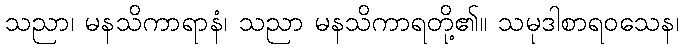
သညာ၊ မနသိကာရာနံ၊ သညာ မနသိကာရတို့၏။ သမုဒါစာရဝသေန၊